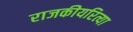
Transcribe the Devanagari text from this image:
राजकीयरित्या